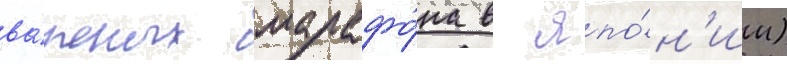
ва́жных марафо́на в япо́н'ии)